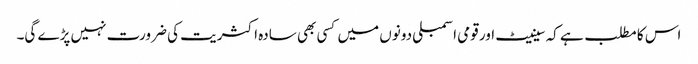
اس کا مطلب ہے کہ سینیٹ اور قومی اسمبلی دونوں میں کسی بھی سادہ اکثریت کی ضرورت نہیں پڑے گی۔